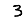
Digit: 3